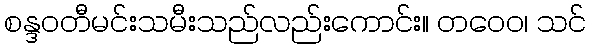
စန္ဒဝတီမင်းသမီးသည်လည်းကောင်း။ တဝေဝ၊ သင်